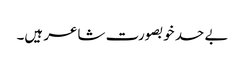
بے حد خوبصورت شاعر ہیں۔